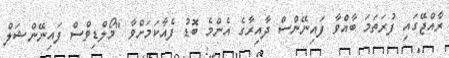
ރާއްޖޭގައި ފުރަތަމަ ބާއްވާ ފައިނޭންސް ދާއިރާގެ އެންމެ ބޮޑު ފެއާކަމަށްވާ "މޯލްޑިވްސް ފައިނޭންޝަލް